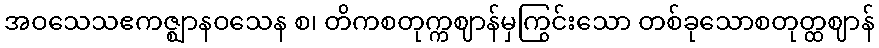
အဝသေသဧကဇ္ဈာနဝသေန စ၊ တိကစတုက္ကဈာန်မှကြွင်းသော တစ်ခုသောစတုတ္ထဈာန်